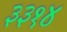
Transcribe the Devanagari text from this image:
३३१४